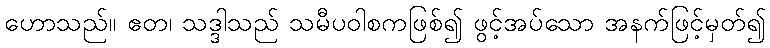
ဟောသည်။ ဧတ၊ သဒ္ဒါသည် သမီပဝါစကဖြစ်၍ ဖွင့်အပ်သော အနက်ဖြင့်မှတ်၍